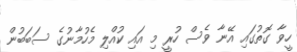
ހީވާ ގޮތުގައި އޭނާ ވެސް ހުރީ މި އައި ކުއްލި މެހުމާނުގެ ސަބަބުން